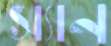
স্যান